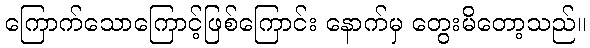
ကြောက်သောကြောင့်ဖြစ်ကြောင်း နောက်မှ တွေးမိတော့သည်။